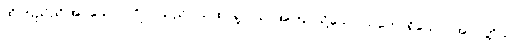
ထိုကြည်ညိုအပ်သော ပုဂ္ဂိုလ်သည်။ ယထာရူပါယ၊ အကြင်သို့သော သဘောရှိသော။ အာပတ္တိယာ၊